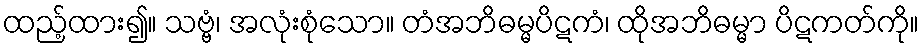
ထည့်ထား၍။ သဗ္ဗံ၊ အလုံးစုံသော။ တံအဘိဓမ္မပိဋကံ၊ ထိုအဘိဓမ္မာ ပိဋကတ်ကို။